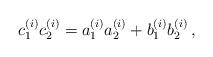
LaTeX: \begin{align*} c_1^{(i)}c_2^{(i)} = a_1^{(i)}a_2^{(i)}+b_1^{(i)}b_2^{(i)} \,,\end{align*}